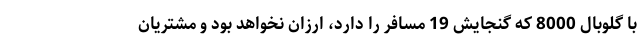
با گلوبال 8000 که گنجایش 19 مسافر را دارد، ارزان نخواهد بود و مشتریان